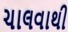
ચાલવાથી